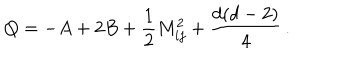
Q = - A + 2 B + \frac { 1 } { 2 } M _ { i j } ^ { 2 } + \frac { d ( d - 2 ) } { 4 } \, .